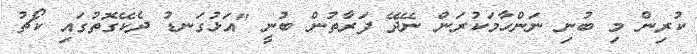
ކުރިން މި ބުނި ނަންހާމަކުރަން ނޭދޭ ފަރާތުން ބުނީ "އަޅުގަނޑު ދެކޭގޮތުގައި ކޯޗު